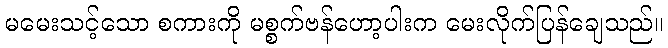
မမေးသင့်သော စကားကို မစ္စက်ဗန်ဟော့ပါးက မေးလိုက်ပြန်ချေသည်။